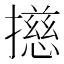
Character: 𢶴